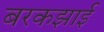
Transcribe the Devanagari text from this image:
बरकझाई